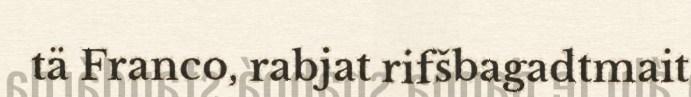
tä Franco, rabjat rifšbagadtmait